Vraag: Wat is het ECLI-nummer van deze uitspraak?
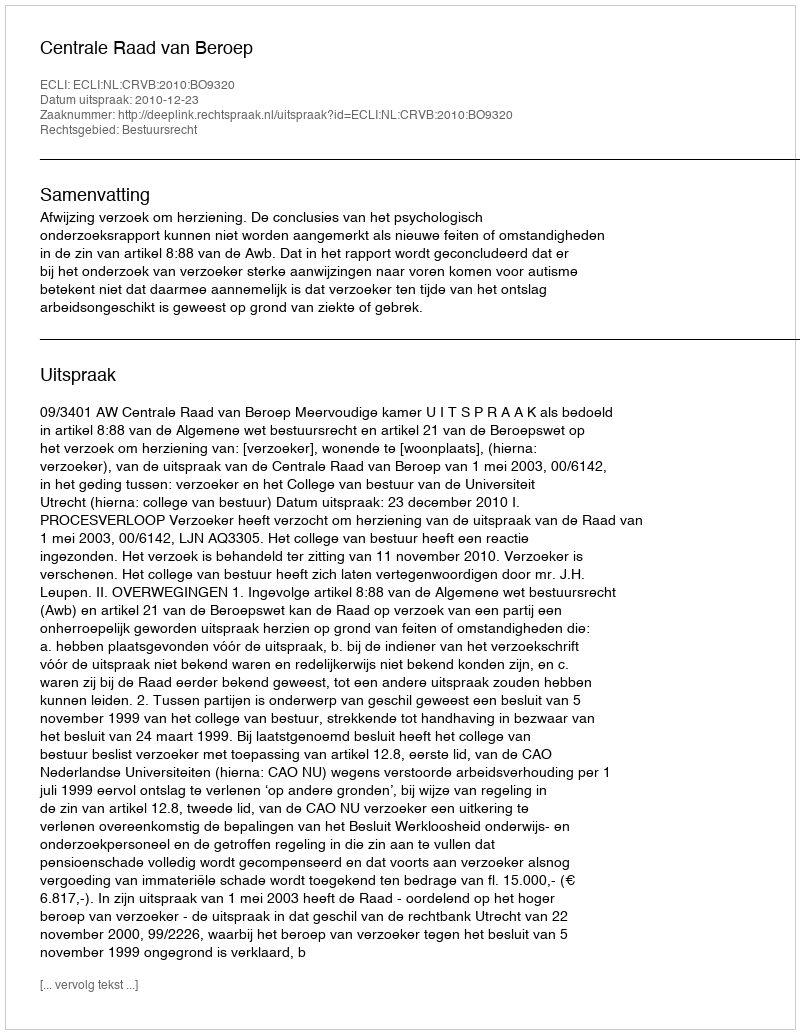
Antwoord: ECLI:NL:CRVB:2010:BO9320